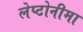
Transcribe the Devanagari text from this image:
लेप्टोनीमा